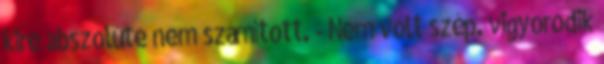
kire abszolúte nem számított. - Nem volt szép. vigyorodik